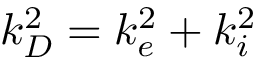
k _ { D } ^ { 2 } = k _ { e } ^ { 2 } + k _ { i } ^ { 2 }